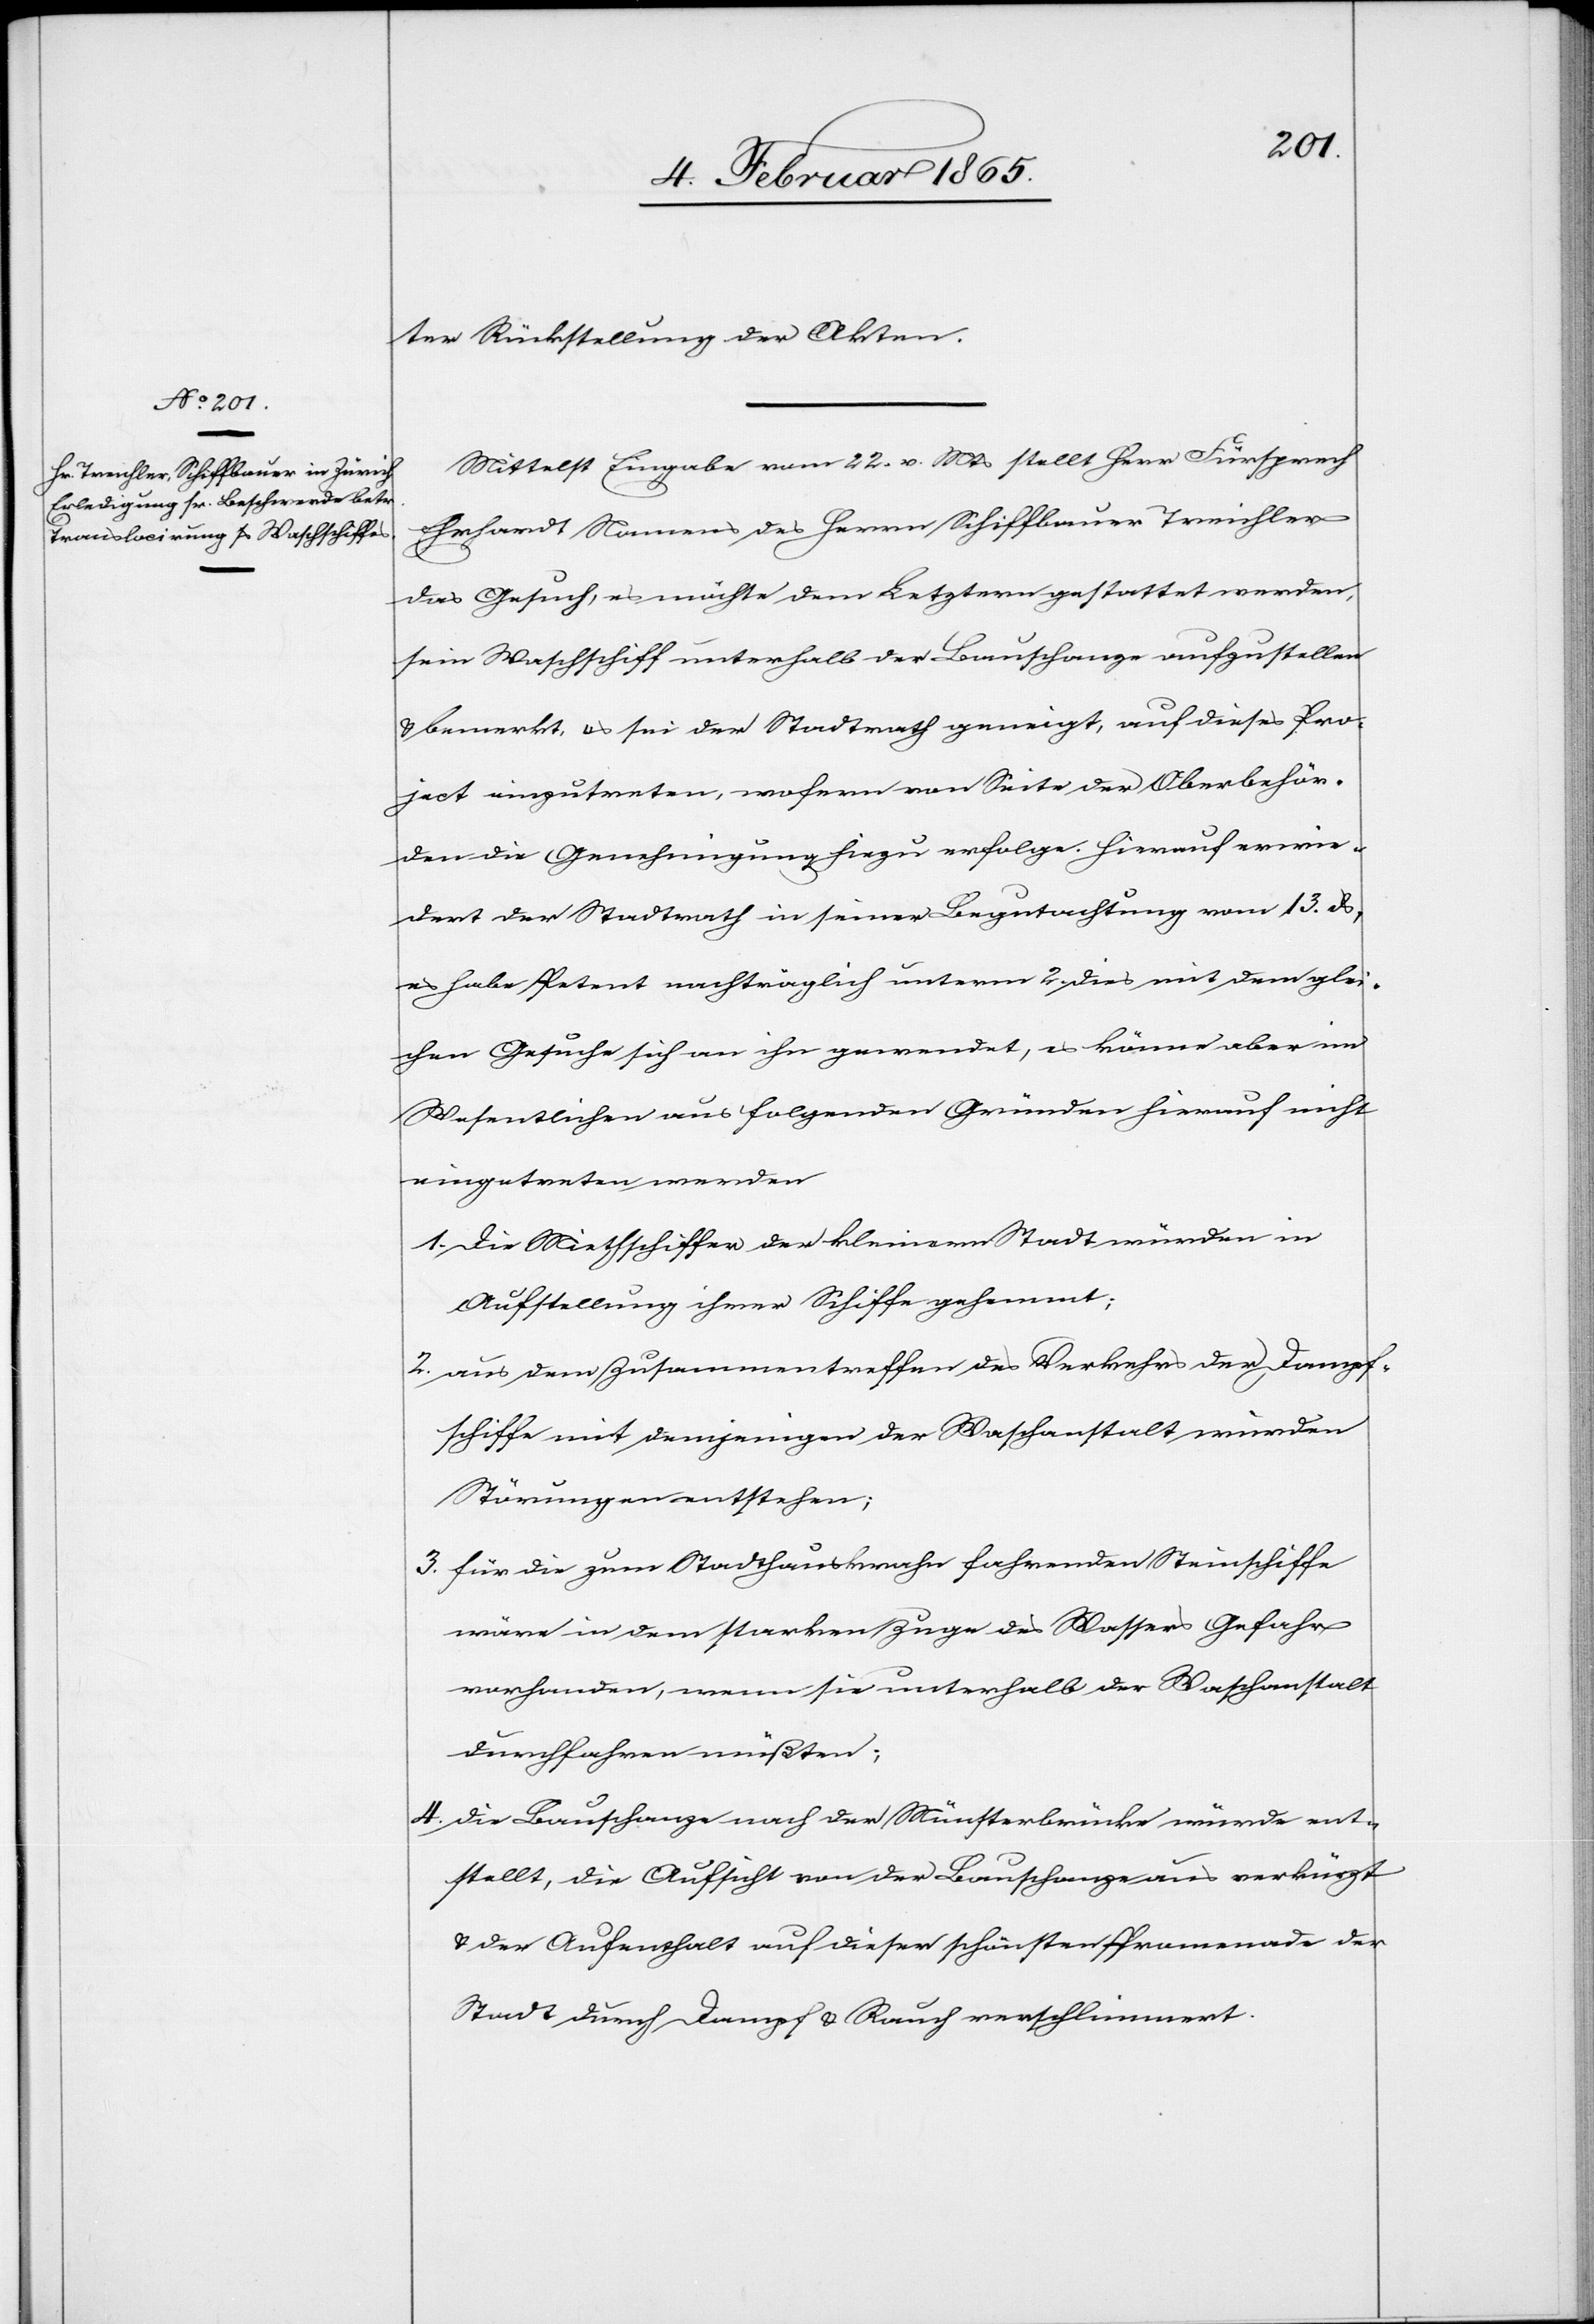
ter Rückstellung der Akten.
Mittelst Eingabe vom 22. v. Mts stellt Herr Fürsprech
Erhardt Namens des Herrn Schiffbauer Treichler
das Gesuch, es möchte dem Letztern gestattet werden,
sein Waschschiff unterhalb der Bauschanze aufzustellen
u. bemerkt, es sei der Stadtrath geneigt, auf dieses Pro¬
ject einzutreten, wofern von Seite der Oberbehör¬
den die Genehmigung hiezu erfolge. Hierauf erwie¬
dert der Stadtrath in seiner Begutachtung vom 13. ds,
es habe Petent nachträglich unterm 2. dies mit dem glei¬
chen Gesuche sich an ihn gewendet, es könne aber im
Wesentlichen aus folgenden Gründen hierauf nicht
eingetreten werden
1. Die Miethschiffer der kleinern Stadt würden in
Aufstellung ihrer Schiffe gehemmt;
2. aus dem Zusammentreffen des Verkehrs der Dampf¬
schiffe mit demjenigen der Waschanstalt würden
Störungen entstehen;
3. für die zum Stadthauskrahn fahrenden Steinschiffe
wäre in dem starken Zuge des Wassers Gefahr
vorhanden, wenn sie unterhalb der Waschanstalt
durchfahren müßten;
4. Die Bauschanze nach der Münsterbrücke würde ent¬
stellt, die Aussicht von der Bauschanze aus verkürzt
u. der Aufenthalt auf dieser schönsten Promenade der
Stadt durch Dampf u. Rauch verschlimmert.